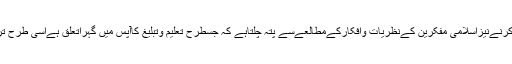
قرآنی آیات وروایات کی روشنی میں تحقیق کرنےنیزاسلامی مفکرین کےنظریات وافکارکےمطالعےسے پتہ چلتاہے کہ جسطرح تعلیم وتبلیغ کاآپس میں گہراتعلق ہےاسی طرح تربیّت کا بھی تعلیم و تبلیغ سے گہراناطہ ہے۔